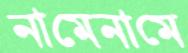
নামেনামে